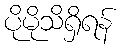
ပိုမိုသိရှိရန်